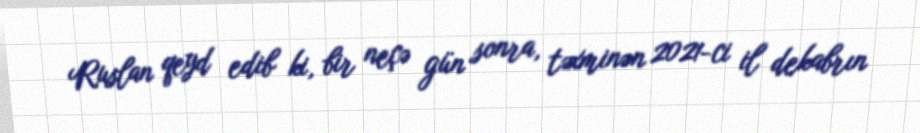
Ruslan qeyd edib ki, bir neçə gün sonra, təxminən 2021-ci il dekabrın